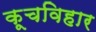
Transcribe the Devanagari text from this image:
कूचविहार